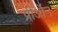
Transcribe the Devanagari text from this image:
प्रीऑन